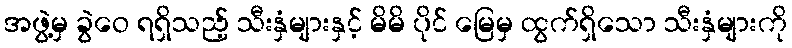
အဖွဲ့မှ ခွဲဝေ ရရှိသည့် သီးနှံများနှင့် မိမိ ပိုင် မြေမှ ထွက်ရှိသော သီးနှံများကို